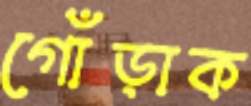
গোঁড়াক